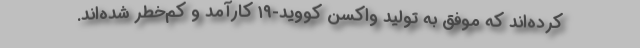
کرده‌اند که موفق به تولید واکسن کووید-۱۹ کارآمد و کم‌خطر شده‌اند.